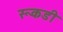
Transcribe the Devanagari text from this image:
रूकडी